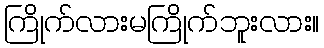
ကြိုက်လားမကြိုက်ဘူးလား။